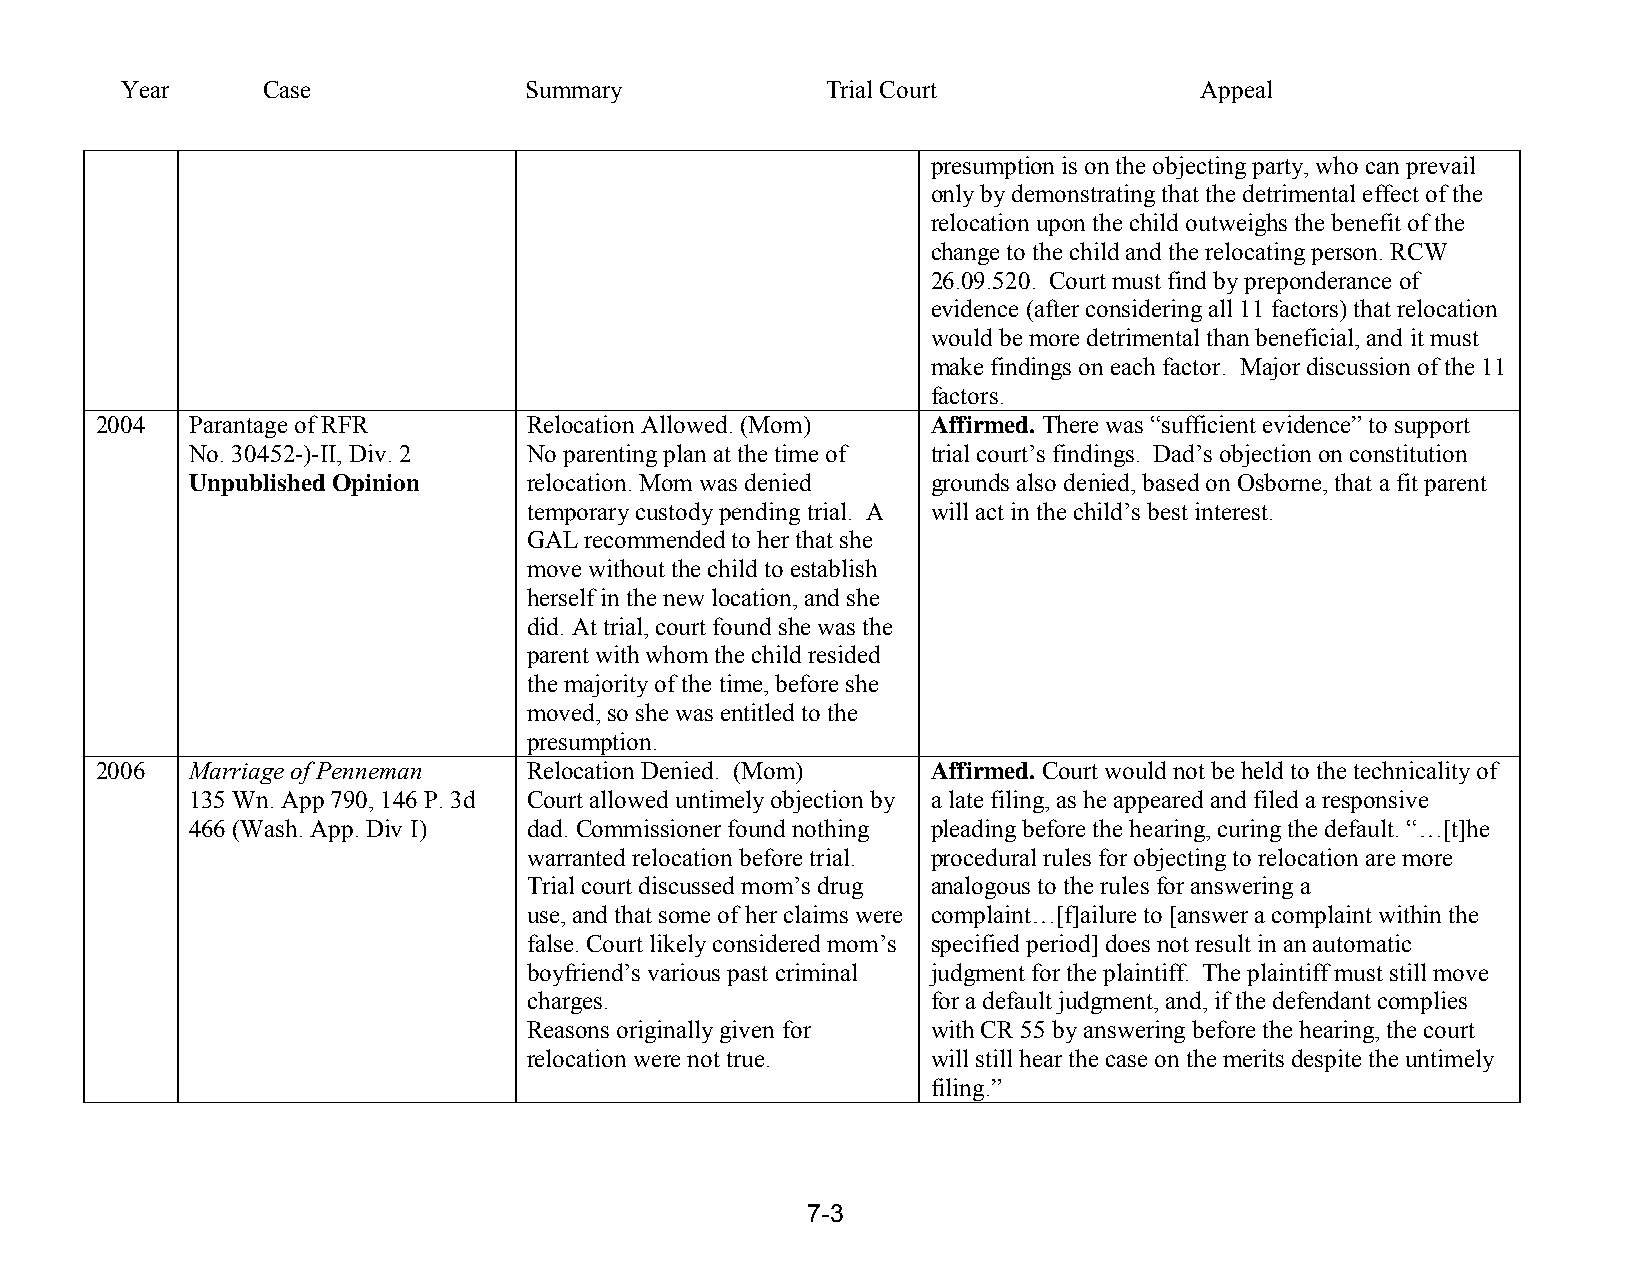
Year     Case              Summary             Trial Court             Appeal
 presumption is on the objecting party, who can prevail
 only by demonstrating that the detrimental effect of the
 relocation upon the child outweighs the benefit of the
 change to the child and the relocating person. RCW
 26.09.520. Court must find by preponderance of
 evidence (after considering all 11 factors) that relocation
 would be more detrimental than beneficial, and it must
 make findings on each factor. Major discussion of the 11
 factors.
 2004   Parantage of RFR      Relocation Allowed. (Mom)  Affirmed. There was “sufficient evidence” to support
 No. 30452-)-II, Div. 2 No parenting plan at the time of trial court’s findings. Dad’s objection on constitution
 Unpublished Opinion   relocation. Mom was denied grounds also denied, based on Osborne, that a fit parent
 temporary custody pending trial. A will act in the child’s best interest.
 GAL recommended to her that she
 move without the child to establish
 herself in the new location, and she
 did. At trial, court found she was the
 parent with whom the child resided
 the majority of the time, before she
 moved, so she was entitled to the
 presumption.
 2006   Marriage of Penneman  Relocation Denied. (Mom)   Affirmed. Court would not be held to the technicality of
 135 Wn. App 790, 146 P. 3d Court allowed untimely objection by a late filing, as he appeared and filed a responsive
 466 (Wash. App. Div I) dad. Commissioner found nothing pleading before the hearing, curing the default. “…[t]he
 warranted relocation before trial. procedural rules for objecting to relocation are more
 Trial court discussed mom’s drug analogous to the rules for answering a
 use, and that some of her claims were complaint…[f]ailure to [answer a complaint within the
 false. Court likely considered mom’s specified period] does not result in an automatic
 boyfriend’s various past criminal judgment for the plaintiff. The plaintiff must still move
 charges.                   for a default judgment, and, if the defendant complies
 Reasons originally given for with CR 55 by answering before the hearing, the court
 relocation were not true.  will still hear the case on the merits despite the untimely
 filing.”
 7-3